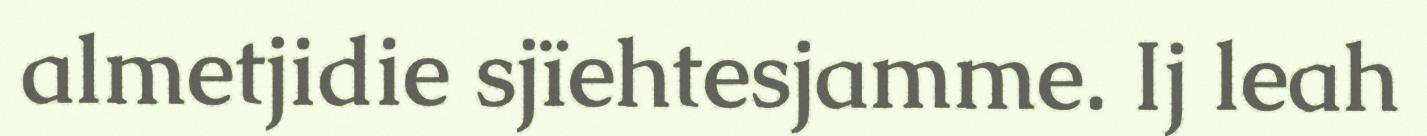
almetjidie sjïehtesjamme. Ij leah